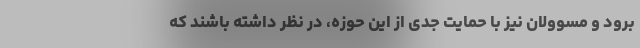
برود و مسوولان نیز با حمایت جدی از این حوزه، در نظر داشته باشند که